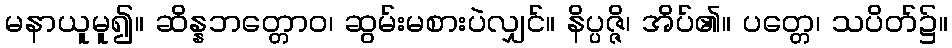
မနာယူမူ၍။ ဆိန္နဘတ္တောဝ၊ ဆွမ်းမစားပဲလျှင်။ နိပ္ပဇ္ဇိ၊ အိပ်၏။ ပတ္တေ၊ သပိတ်၌။